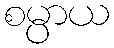
စမ္ပာယ